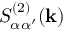
S _ { \alpha \alpha ^ { \prime } } ^ { ( 2 ) } ( \mathbf { k } )